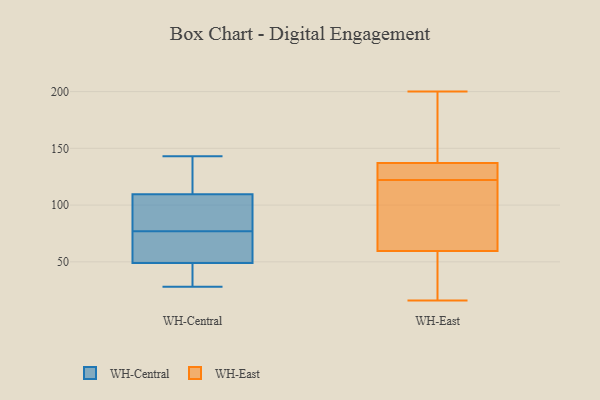
{"axis": {"x": "Temperature (°C)", "y": "Value"}, "legend": ["WH-Central", "WH-East"], "data": [{"x": "", "y": 109, "type": "WH-Central"}, {"x": "", "y": 110, "type": "WH-Central"}, {"x": "", "y": 60, "type": "WH-Central"}, {"x": "", "y": 110, "type": "WH-Central"}, {"x": "", "y": 34, "type": "WH-Central"}, {"x": "", "y": 40, "type": "WH-Central"}, {"x": "", "y": 143, "type": "WH-Central"}, {"x": "", "y": 99, "type": "WH-Central"}, {"x": "", "y": 60, "type": "WH-Central"}, {"x": "", "y": 94, "type": "WH-Central"}, {"x": "", "y": 58, "type": "WH-Central"}, {"x": "", "y": 28, "type": "WH-Central"}, {"x": "", "y": 122, "type": "WH-East"}, {"x": "", "y": 128, "type": "WH-East"}, {"x": "", "y": 16, "type": "WH-East"}, {"x": "", "y": 200, "type": "WH-East"}, {"x": "", "y": 27, "type": "WH-East"}, {"x": "", "y": 76, "type": "WH-East"}, {"x": "", "y": 58, "type": "WH-East"}, {"x": "", "y": 189, "type": "WH-East"}, {"x": "", "y": 134, "type": "WH-East"}, {"x": "", "y": 64, "type": "WH-East"}, {"x": "", "y": 138, "type": "WH-East"}]}